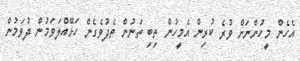
އެހެން މީހުންނަށް ވުރެ ކުރިން އެމީހުން ތިބި ތަނުން ތެދުވެގެން ހަޅޭއްލަވަމުން ދުވަމުން